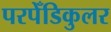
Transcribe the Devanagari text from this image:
परपेँडिकुलर